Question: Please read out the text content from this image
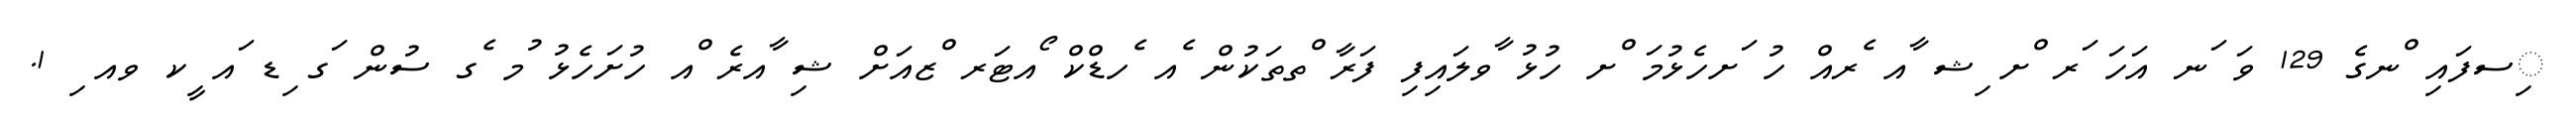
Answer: ިސފައި ްނގެ 129 ވަ ަނ އަހަ ަރ ްށ ިޝ ާއ ެރއް ހު ަށހެޅުމަ ްށ ހުޅު ާވލައިފި ފަރާ ްތތަކުން ެއ ެހޑްކް ޯއޓަރ ްޒއަށް ޝި ާއރެ ްއ ހުށަހެޅު ުމ ެގ ސުން ަގ ިޑ ައ ީކ ވއ ި 1.